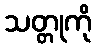
သတ္တုကို